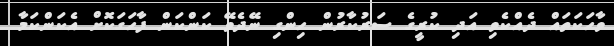
ވާހަކަތައް ދެއްކެވި އަދި ކުރީގެ ސަރުކާރުން ހިންގި ނޭދެވޭ ކަންކަން ފާހަގަކޮށް އެކަންކަމާ